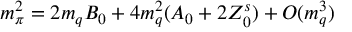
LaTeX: m _ { \pi } ^ { 2 } = 2 m _ { q } B _ { 0 } + 4 m _ { q } ^ { 2 } ( A _ { 0 } + 2 Z _ { 0 } ^ { s } ) + O ( m _ { q } ^ { 3 } )